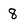
Character: 8